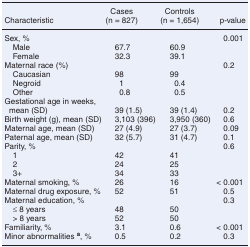
<table><thead><tr><td></td><td><b>Cases</b></td><td><b>Controls</b></td><td></td></tr><tr><td><b>Characteristic</b></td><td><b>(n = 827)</b></td><td><b>(n = 1,654)</b></td><td><b>p-value</b></td></tr></thead><tbody><tr><td>Sex, %</td><td></td><td></td><td>0.001</td></tr><tr><td> Male</td><td>67.7</td><td>60.9</td><td></td></tr><tr><td> Female</td><td>32.3</td><td>39.1</td><td></td></tr><tr><td>Maternal race (%)</td><td></td><td></td><td>0.2</td></tr><tr><td> Caucasian</td><td>98</td><td>99</td><td></td></tr><tr><td> Negroid</td><td>1</td><td>0.4</td><td></td></tr><tr><td> Other</td><td>0.8</td><td>0.5</td><td></td></tr><tr><td>Gestational age in weeks, mean (SD)</td><td>39 (1.5)</td><td>39 (1.4)</td><td>0.2</td></tr><tr><td>Birth weight (g), mean (SD)</td><td>3,103 (396)</td><td>3,950 (360)</td><td>0.6</td></tr><tr><td>Maternal age, mean (SD)</td><td>27 (4.9)</td><td>27 (3.7)</td><td>0.09</td></tr><tr><td>Paternal age, mean (SD)</td><td>32 (5.7)</td><td>31 (4.7)</td><td>0.1</td></tr><tr><td>Parity, %</td><td></td><td></td><td>0.6</td></tr><tr><td> 1</td><td>42</td><td>41</td><td></td></tr><tr><td> 2</td><td>24</td><td>25</td><td></td></tr><tr><td> 3+</td><td>34</td><td>33</td><td></td></tr><tr><td>Maternal smoking, %</td><td>26</td><td>16</td><td>&lt; 0.001</td></tr><tr><td>Maternal drug exposure, %</td><td>52</td><td>51</td><td>0.5</td></tr><tr><td>Maternal education, %</td><td></td><td></td><td>0.3</td></tr><tr><td> ≤ 8 years</td><td>48</td><td>50</td><td></td></tr><tr><td> &gt; 8 years</td><td>52</td><td>50</td><td></td></tr><tr><td>Familiarity, %</td><td>3.1</td><td>0.6</td><td>&lt; 0.001</td></tr><tr><td>Minor abnormalities <b><sup>a</sup></b>, %</td><td>0.5</td><td>0.2</td><td>0.3</td></tr></tbody></table>